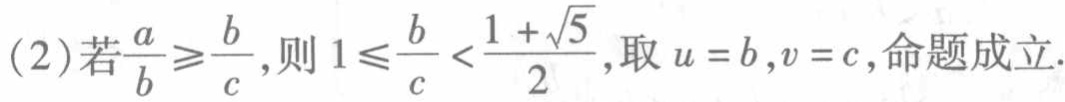
(2)若$\frac{a}{b}\geqslant\frac{b}{c}$,则$1\leqslant\frac{b}{c}<\frac{1 + \sqrt{5}}{2}$,取$u = b,v = c$,命题成立.